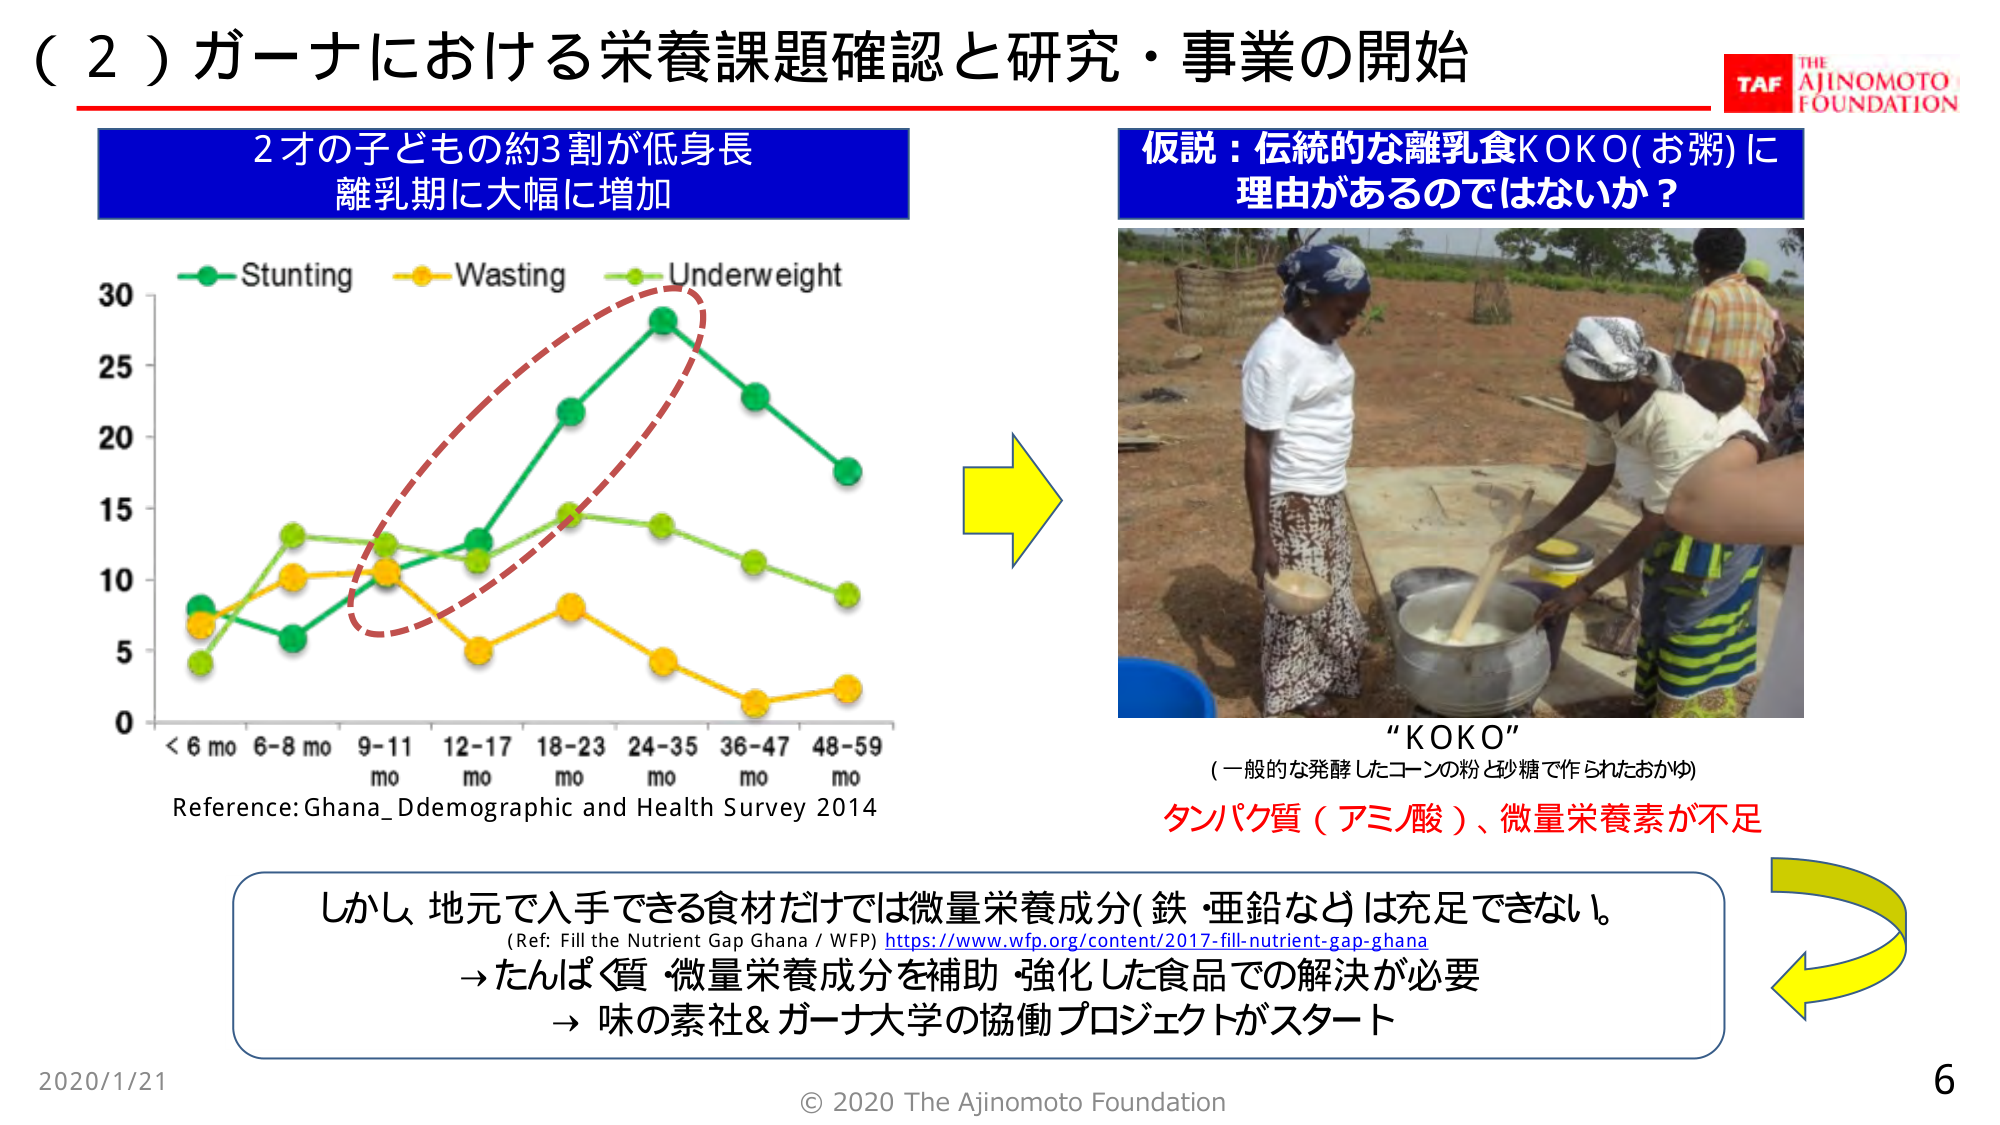
（２）ガーナにおける栄養課題確認と研究・事業の開始

2才の子どもの約3割が低身長
離乳期に大幅に増加

Stunting
Wasting
Underweight

Reference: Ghana_Ddemographic and Health Survey 2014

仮説：伝統的な離乳食KOKO(お粥)に
理由があるのではないか？

“KOKO”
（一般的な発酵したコーンの粉と砂糖で作られたおかゆ）
タンパク質（アミノ酸）、微量栄養素が不足

しかし、地元で入手できる食材だけでは微量栄養成分（鉄・亜鉛など）は充足できない。
(Ref: Fill the Nutrient Gap Ghana / WFP) https://www.wfp.org/content/2017-fill-nutrient-gap-ghana
→たんぱく質・微量栄養成分を補助・強化した食品での解決が必要
→味の素社＆ガーナ大学の協働プロジェクトがスタート

TAF THE AJINOMOTO FOUNDATION

2020/1/21
© 2020 The Ajinomoto Foundation
6